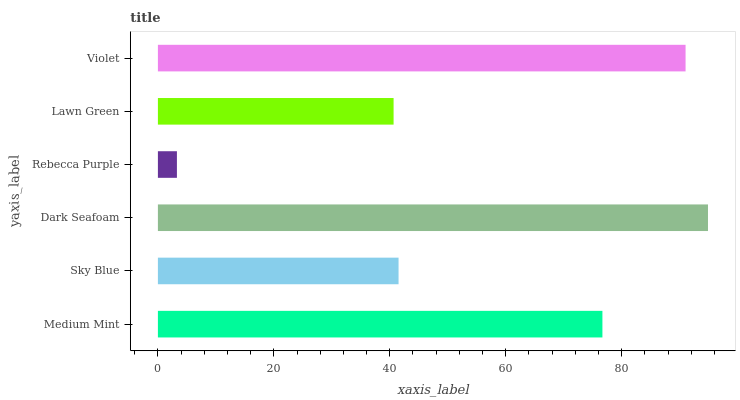
| yaxis_label | bars |
 | --- | --- |
 | Medium Mint | 76.7 |
 | Sky Blue | 41.5 |
 | Dark Seafoam | 94.9 |
 | Rebecca Purple | 3.28 |
 | Lawn Green | 40.7 |
 | Violet | 91 |